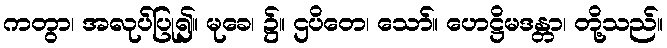
ကတွာ၊ အလုပ်ပြု၍။ မုခေ၊ ၌။ ဌပိတေ၊ သော်။ ဟေဋ္ဌိမဒန္တာ၊ တို့သည်။